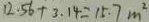
1 2 . 5 6 + 3 . 1 4 = 1 5 . 7 m ^ { 2 }